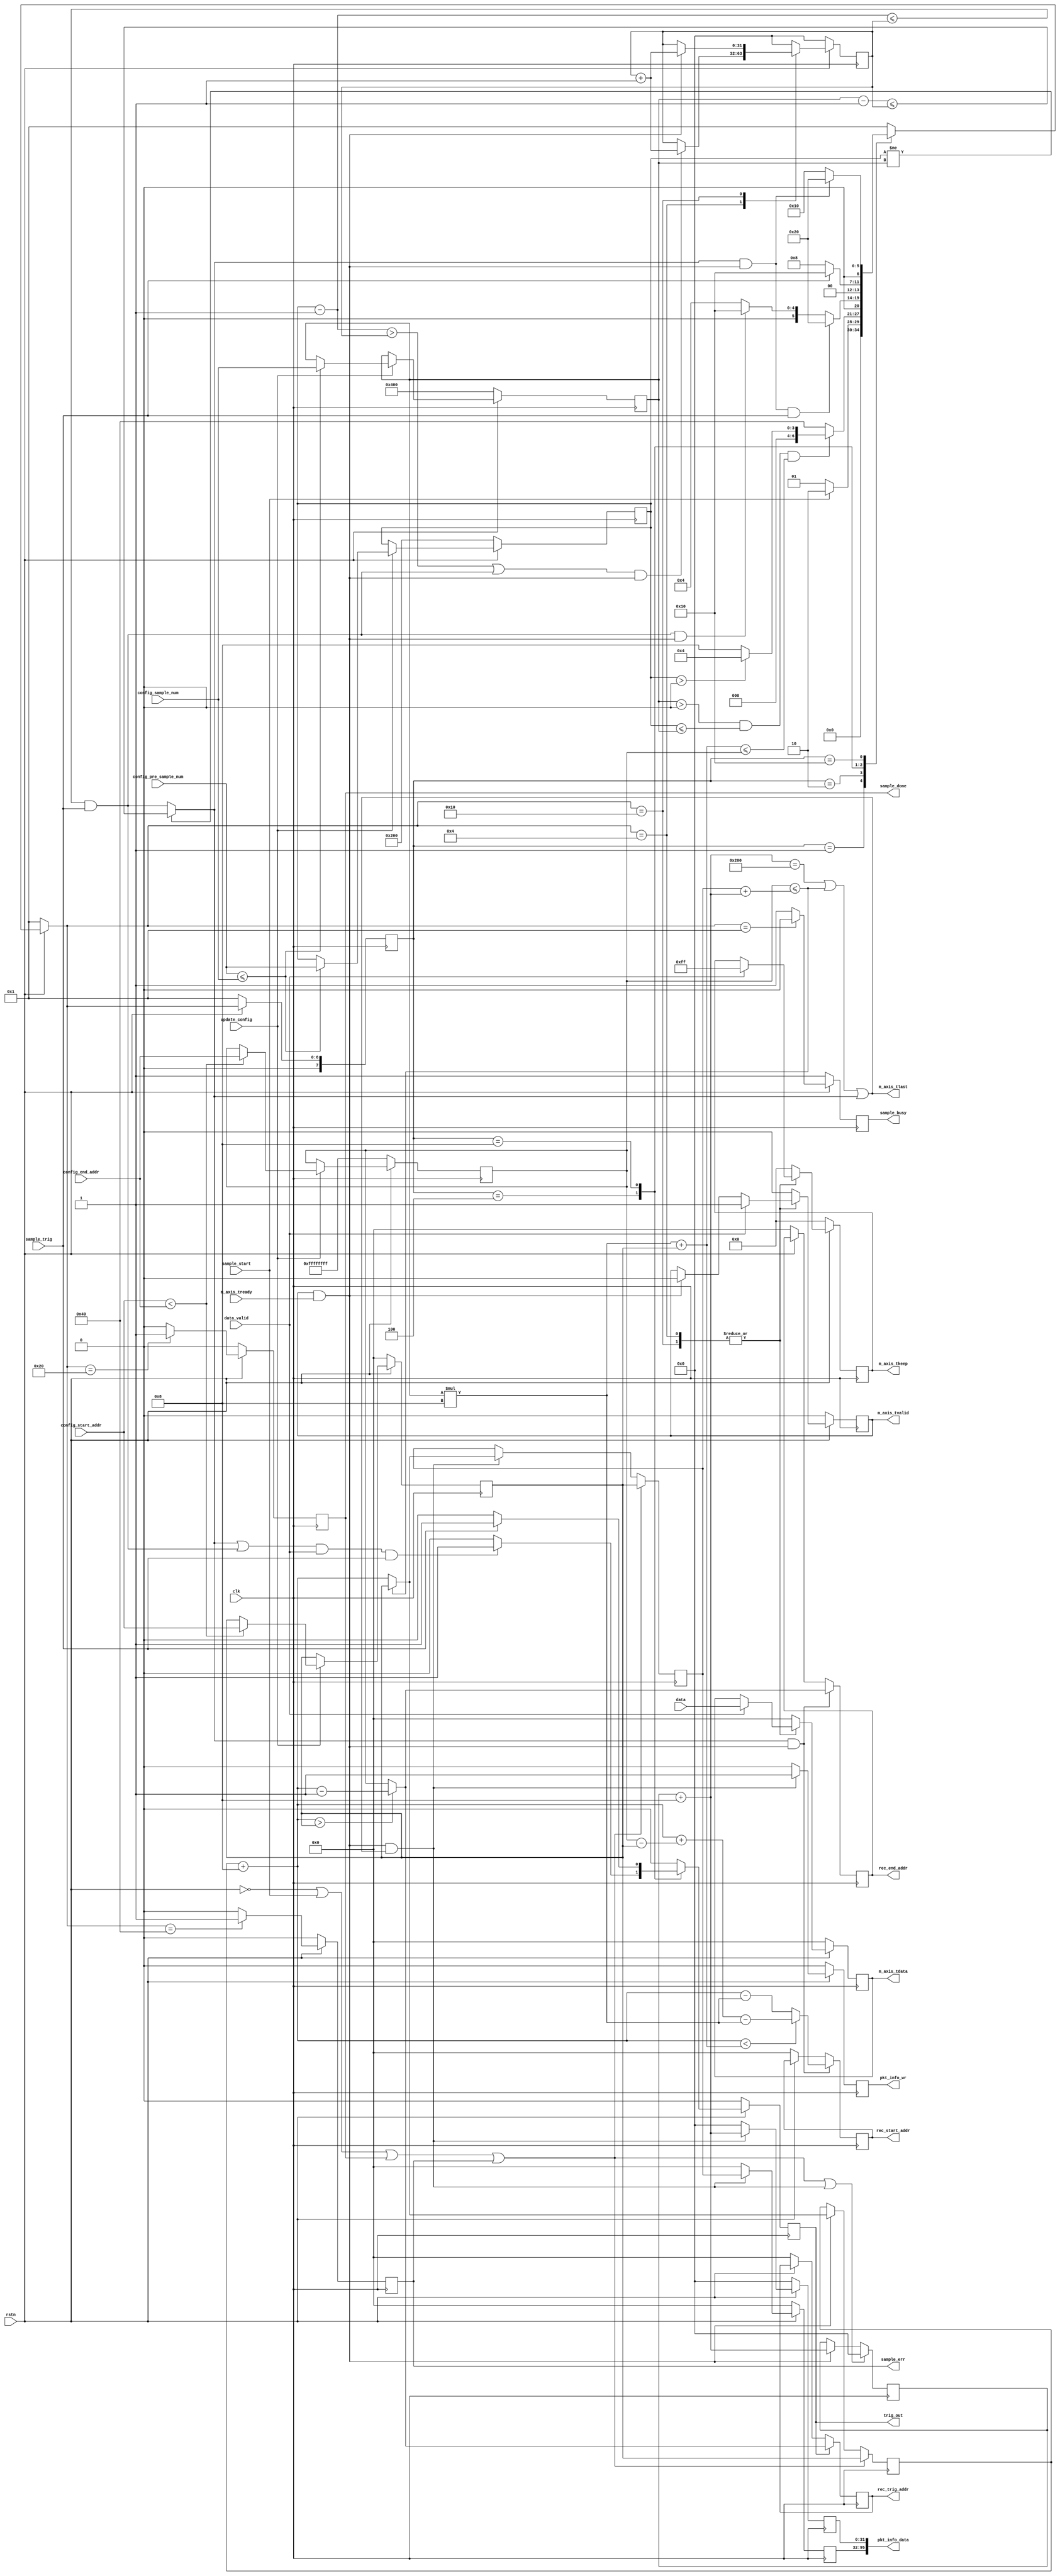
// verilog_format: off
`resetall
`timescale 1ns / 1ps
`default_nettype none
// verilog_format: on

module sample_core #(
    parameter integer BIT_WIDTH = 64,
    parameter integer BLOCK_SIZE = 512,
    parameter IN_SIM = "false",
    parameter ENABLE_DEBUG = "false"
) (
    input  wire                       clk,
    input  wire                       rstn,
    // config
    input  wire [               63:0] config_start_addr,      // ,increment
    input  wire [               63:0] config_end_addr,        // ,increment
    input  wire [               31:0] config_sample_num,      // 
    input  wire [               31:0] config_pre_sample_num,  // 
    input  wire                       update_config,          // 
    // sample control and trig
    input  wire                       sample_start,           //
    input  wire                       sample_trig,            // 
    output reg                        sample_busy,            //
    output reg                        sample_done,            //
    output reg                        sample_err,             //
    output reg                        trig_out,
    // sample data
    input  wire [    (BIT_WIDTH-1):0] data,                   // 
    input  wire                       data_valid,             // 
    // axi-stream master
    output wire                       m_axis_tvalid,
    output wire [  (BIT_WIDTH-1) : 0] m_axis_tdata,
    output wire [(BIT_WIDTH/8-1) : 0] m_axis_tkeep,
    output wire                       m_axis_tlast,
    input  wire                       m_axis_tready,
    //
    output reg                        pkt_info_wr,            //
    output wire [               95:0] pkt_info_data,          //
    //
    output reg  [               63:0] rec_trig_addr,
    output reg  [               63:0] rec_start_addr,
    output reg  [               63:0] rec_end_addr
);

    localparam integer BYTE_WIDTH = BIT_WIDTH / 8;
    reg                       axis_tvalid;
    reg  [(BYTE_WIDTH-1) : 0] axis_tkeep;
    wire                      axis_tlast;
    reg  [ (BIT_WIDTH-1) : 0] axis_tdata;
    wire                      active;

    assign m_axis_tvalid = axis_tvalid;
    assign m_axis_tdata  = axis_tdata;
    assign m_axis_tkeep  = axis_tkeep;
    assign m_axis_tlast  = axis_tlast;
    assign active        = axis_tvalid && m_axis_tready;

    //
    localparam FSM_IDLE = 8'h01;
    localparam FSM_SAMPLE_START = 8'h02;
    localparam FSM_SAMPLE_PRE = 8'h04;
    localparam FSM_SAMPLE_WAIT = 8'h08;
    localparam FSM_SAMPLE_POST = 8'h10;
    localparam FSM_SAMPLE_END = 8'h20;
    localparam FSM_SAMPLE_ERR = 8'h40;

    reg  [ 7:0] c_state;  // 
    reg  [ 7:0] n_state;  // 

    reg  [31:0] sample_cnt;

    reg  [31:0] sample_num;
    reg  [31:0] pre_sample_num;
    reg  [63:0] start_addr;
    reg  [63:0] end_addr;

    wire        pre_sample_done;
    wire        post_sample_done;

    reg  [63:0] pkt_info_addr;
    reg  [31:0] pkt_info_length;

    reg  [31:0] byte_cnt;
    wire [31:0] next_cnt;
    reg  [63:0] block_addr;
    reg  [63:0] byte_addr;
    wire [63:0] next_addr;

    wire        clr;
    wire        no_space;
    wire        data_pack;
    wire        will_push;
    wire        data_push;

    // input config check
    always @(posedge clk) begin : config_update
        if (!rstn) begin
            sample_num     <= 1024;
            pre_sample_num <= 512;
            start_addr     <= 0;
            end_addr       <= 32'hFFFFFFFF;
        end else if (update_config) begin
            if (config_pre_sample_num <= config_sample_num) begin
                sample_num <= config_sample_num;
            end
            if (config_pre_sample_num <= config_sample_num) begin
                pre_sample_num <= config_pre_sample_num;
            end
            if (config_start_addr < config_end_addr) begin
                start_addr <= config_start_addr;
            end
            if ((config_start_addr < config_end_addr)) begin
                end_addr <= config_end_addr;
            end
        end
    end

    // state_update
    always @(posedge clk) begin : fsm_sync
        if (!rstn) begin
            c_state <= FSM_IDLE;
        end else begin
            c_state <= n_state;
        end
    end

    // state_change
    always @(*) begin : fsm_update
        if (!rstn) begin
            n_state = FSM_IDLE;
        end else begin
            case (c_state)
                FSM_IDLE: begin
                    if (sample_start) begin
                        n_state = FSM_SAMPLE_START;
                    end else begin
                        n_state = FSM_IDLE;
                    end
                end
                FSM_SAMPLE_START: begin
                    if ((sample_num > 0) && (pre_sample_num <= sample_num) && (start_addr + sample_num*BYTE_WIDTH <= end_addr)) begin
                        if (pre_sample_num > 0) begin
                            n_state = FSM_SAMPLE_PRE;
                        end else begin
                            n_state = FSM_SAMPLE_WAIT;
                        end
                    end else begin
                        n_state = FSM_SAMPLE_ERR;
                    end
                end
                FSM_SAMPLE_PRE: begin
                    if (post_sample_done & active & sample_trig) begin
                        n_state = FSM_SAMPLE_END;
                    end else if (pre_sample_done & active) begin
                        n_state = FSM_SAMPLE_POST;
                    end else begin
                        n_state = FSM_SAMPLE_PRE;
                    end
                end
                FSM_SAMPLE_WAIT: begin
                    if (sample_trig) begin
                        n_state = FSM_SAMPLE_POST;
                    end else begin
                        n_state = FSM_SAMPLE_WAIT;
                    end
                end
                FSM_SAMPLE_POST: begin
                    if (post_sample_done & active) begin
                        n_state = FSM_SAMPLE_END;
                    end else begin
                        n_state = FSM_SAMPLE_POST;
                    end
                end
                default: n_state = FSM_IDLE;
            endcase
        end
    end

    always @(posedge clk) begin
        if (!rstn) begin
            trig_out <= 1'b0;
        end else begin
            case (c_state)
                FSM_SAMPLE_PRE: begin
                    if ((post_sample_done | pre_sample_done) & data_valid & sample_trig) begin
                        trig_out <= 1'b1;
                    end else begin
                        trig_out <= 1'b0;
                    end
                end
                FSM_SAMPLE_WAIT: begin
                    if (sample_trig) begin
                        trig_out <= 1'b1;
                    end else begin
                        trig_out <= 1'b0;
                    end
                end
                default: trig_out <= 1'b0;
            endcase
        end
    end

    always @(posedge clk) begin
        if (!rstn) begin
            sample_cnt <= 0;
        end else begin
            case (n_state)
                FSM_SAMPLE_PRE: begin
                    if (((pre_sample_num - 1 > sample_cnt) || pre_sample_done) && active) begin
                        sample_cnt <= sample_cnt + 1;
                    end
                end
                FSM_SAMPLE_POST: begin
                    if (active) begin
                        sample_cnt <= sample_cnt + 1;
                    end
                end
                default: sample_cnt <= 0;
            endcase
        end
    end

    assign pre_sample_done = (pre_sample_num - 1 <= sample_cnt) && sample_trig;
    assign post_sample_done =  (pre_sample_num != sample_num) ? ((sample_num - 1 <= sample_cnt) ) :(pre_sample_done) ;

    always @(posedge clk) begin
        if (!rstn) begin
            sample_busy <= 1'b1;
        end else begin
            case (n_state)
                FSM_IDLE: sample_busy <= 1'b0;
                default:  sample_busy <= 1'b1;
            endcase
        end
    end

    always @(posedge clk) begin
        if (!rstn) begin
            sample_done <= 1'b0;
        end else begin
            case (n_state)
                FSM_SAMPLE_END: sample_done <= 1'b1;
                default: sample_done <= 1'b0;
            endcase
        end
    end

    always @(posedge clk) begin
        if (!rstn) begin
            sample_err <= 1'b0;
        end else begin
            case (n_state)
                FSM_SAMPLE_ERR: sample_err <= 1'b1;
                default: sample_err <= 1'b0;
            endcase
        end
    end

    always @(posedge clk) begin
        if (!rstn) begin
            axis_tvalid <= 1'b0;
        end else begin
            case (n_state)
                FSM_SAMPLE_PRE, FSM_SAMPLE_POST: begin
                    if (data_valid) begin
                        axis_tvalid <= 1'b1;
                    end else if (active) begin
                        axis_tvalid <= 1'b0;
                    end
                end
                default: begin
                    axis_tvalid <= 1'b0;
                end
            endcase
        end
    end

    assign axis_tlast = will_push;
    // always @(posedge clk) begin
    //     if (!rstn) begin
    //         axis_tlast <= 1'b0;
    //     end else begin
    //         case (n_state)
    //             FSM_SAMPLE_PRE, FSM_SAMPLE_POST: begin
    //                 if (data_valid) begin
    //                     if ((byte_cnt == BLOCK_SIZE - (2 * BYTE_WIDTH))) begin
    //                         axis_tlast <= 1'b1;
    //                     end else begin
    //                         if (pre_sample_num != sample_num) begin
    //                             if (sample_num - 2 <= sample_cnt) begin
    //                                 axis_tlast <= 1'b1;
    //                             end
    //                         end else begin
    //                             if ((sample_num - 2 <= sample_cnt) && sample_trig) begin
    //                                 axis_tlast <= 1'b1;
    //                             end
    //                         end
    //                     end
    //                 end else if (active) begin
    //                     axis_tvalid <= 1'b0;
    //                 end
    //             end
    //             default: begin
    //                 axis_tlast <= 1'b0;
    //             end
    //         endcase
    //     end
    // end

    always @(posedge clk) begin
        if (!rstn) begin
            axis_tdata <= 0;
            axis_tkeep <= 0;
        end else begin
            case (n_state)
                FSM_SAMPLE_PRE, FSM_SAMPLE_POST: begin
                    if (data_valid) begin
                        axis_tdata <= data;
                        axis_tkeep <= {BYTE_WIDTH{1'b1}};
                    end
                end
                default: begin
                    axis_tdata <= 0;
                    axis_tkeep <= 0;
                end
            endcase
        end
    end

    // ***********************************************************************************
    // pack data
    // ***********************************************************************************

    assign clr           = (~rstn) | sample_start | sample_done | sample_err;

    assign data_pack     = (next_cnt == BLOCK_SIZE);
    assign no_space      = (end_addr <= block_addr + next_cnt);

    assign will_push     = data_pack | no_space | post_sample_done;
    assign data_push     = active & will_push;

    assign next_cnt      = byte_cnt + BYTE_WIDTH;
    assign next_addr     = byte_addr + BYTE_WIDTH;
    assign pkt_info_data = {pkt_info_addr, pkt_info_length};

    always @(posedge clk) begin
        if (clr || data_push) begin
            byte_cnt <= 0;
        end else if (active) begin
            byte_cnt <= next_cnt;
        end else begin
            byte_cnt <= byte_cnt;
        end
    end

    always @(posedge clk) begin
        if (clr) begin
            byte_addr <= start_addr;
        end else if (active) begin
            if (no_space) byte_addr <= start_addr;
            else byte_addr <= next_addr;
        end else begin
            byte_addr <= byte_addr;
        end
    end

    always @(posedge clk) begin
        if (clr) begin
            block_addr <= start_addr;
        end else if (data_push) begin
            if (no_space) block_addr <= start_addr;
            else block_addr <= next_addr;
        end else begin
            block_addr <= block_addr;
        end
    end

    always @(posedge clk) begin
        if (!rstn) begin
            pkt_info_wr     <= 1'b0;
            pkt_info_addr   <= 0;
            pkt_info_length <= 0;
        end else if (data_push) begin
            pkt_info_wr     <= 1'b1;
            pkt_info_addr   <= block_addr;
            pkt_info_length <= next_cnt;
        end else begin
            pkt_info_wr     <= 1'b0;
            pkt_info_addr   <= 0;
            pkt_info_length <= 0;
        end
    end

    // for sim only
    always @(posedge clk) begin
        if (!rstn) begin
            rec_trig_addr  <= 0;
            rec_start_addr <= 0;
            rec_end_addr   <= 0;
        end

        if (data_push) begin
            if (next_addr > start_addr) begin
                $display("write length:%d,from:%x,to:%x", next_cnt, block_addr, next_addr - 1);
            end else begin
                $display("write length:%d,from:%x,to:%x", next_cnt, block_addr, end_addr);
            end
        end

        if (no_space & active) begin
            if (next_addr > start_addr) begin
                $display("turn back at,%x", next_addr - 1);
            end else begin
                $display("turn back at,%x", end_addr);
            end
        end

        if (post_sample_done && active) begin
            if (next_addr < (sample_num * BYTE_WIDTH + start_addr)) begin
                rec_start_addr <= next_addr + (end_addr - start_addr) - sample_num * BYTE_WIDTH;
                $display("start at,%x ",
                         next_addr + (end_addr - start_addr) - sample_num * BYTE_WIDTH);
            end else begin
                rec_start_addr <= next_addr - sample_num * BYTE_WIDTH;
                $display("start at,%x ", next_addr - sample_num * BYTE_WIDTH);
            end

            if (next_addr > start_addr) begin
                rec_end_addr <= next_addr - 1;
                $display("end at,%x ", next_addr - 1);
            end else begin
                rec_end_addr <= end_addr;
                $display("end at,%x ", end_addr);
            end
        end

        if (trig_out) begin
            if (next_addr > start_addr) begin
                rec_trig_addr <= next_addr - 1;
                $display("trig at,%x ", next_addr - 1);
            end else begin
                rec_trig_addr <= end_addr;
                $display("trig at,%x ", end_addr);
            end
        end
    end

    generate
        if ((IN_SIM == "false") && (ENABLE_DEBUG == "true")) begin : g_ila
            sample_ila_0 ila_0_inst (
                .clk   (clk),           // clk
                .probe0(sample_start),  // [0:0]
                .probe1(sample_trig),   // [0:0]
                .probe2(sample_busy),   // [0:0]
                .probe3(sample_done),   // [0:0]
                .probe4(sample_err),    // [0:0]
                .probe5(trig_out),      // [0:0]

                .probe6(pkt_info_wr),     // [0:0]
                .probe7(pkt_info_addr),   // [31:0]
                .probe8(pkt_info_length), // [31:0]

                .probe9 (c_state),           // [7:0]
                .probe10(n_state),           // [7:0]
                .probe11(pre_sample_done),   // [0:0]
                .probe12(post_sample_done),  // [0:0]
                .probe13(sample_cnt),        // [31:0]
                .probe14(active),            // [0:0]
                .probe15(no_space),          // [0:0]
                .probe16(data_pack),         // [0:0]
                .probe17(will_push),         // [0:0]
                .probe18(data_push),         // [0:0]

                .probe19(m_axis_tvalid),       // [0:0]
                .probe20(m_axis_tready),       // [0:0]
                .probe21(m_axis_tdata[15:0]),  // [15:0]
                .probe22(m_axis_tlast),        // [0:0]
                .probe23(m_axis_tkeep)         // [15:0]
            );
        end
        //m_axis_tvalid
    endgenerate

endmodule

// verilog_format: off
`resetall
// verilog_format: on